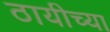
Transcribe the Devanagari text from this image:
ठायीच्या